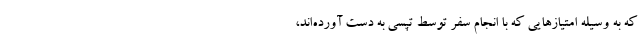
که به وسیله امتیازهایی که با انجام سفر توسط تپسی به دست آورده‌اند،